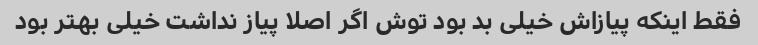
فقط اینکه پیازاش خیلی بد بود توش اگر اصلا پیاز نداشت خیلی بهتر بود